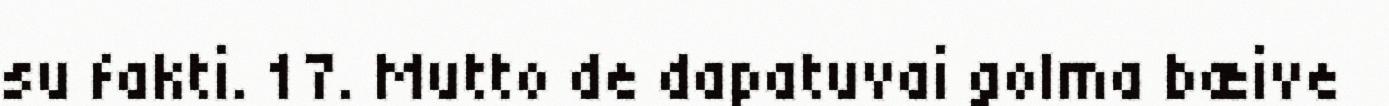
su fakti. 17. Mutto de dapatuvai golma bæive